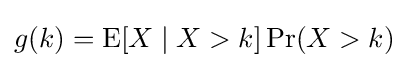
g(k)=\operatorname {E} [X\mid X>k]\Pr(X>k)